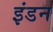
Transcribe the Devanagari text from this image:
इंडन